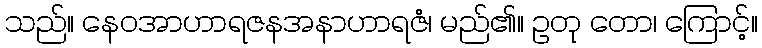
သည်။ နေဝအာဟာရဇနအနာဟာရဇံ၊ မည်၏။ ဥတု တော၊ ကြောင့်။